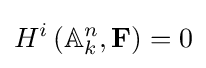
H^{i}\left(\mathbb {A} _{k}^{n},\mathbf {F} \right)=0